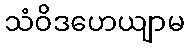
သံဝိဒဟေယျာမ